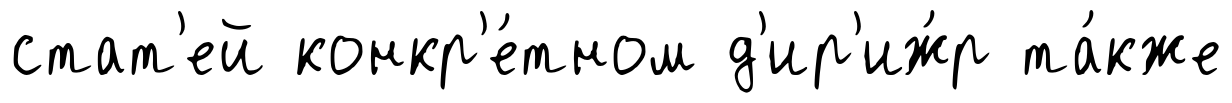
стат'ей конкр'е́тном д'ир'иж́р та́кже